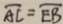
\overline { A C } = \overline { E B }